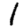
Digit: 1